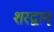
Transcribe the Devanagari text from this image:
शरद्वान्‌